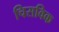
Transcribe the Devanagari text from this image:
चिसविक